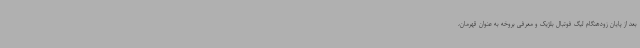
بعد از پایان زودهنگام لیگ فوتبال بلژیک و معرفی بروخه به عنوان قهرمان،